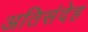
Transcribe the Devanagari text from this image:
अतिसंदेह